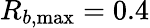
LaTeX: R_{b,\operatorname*{max}}=0.4